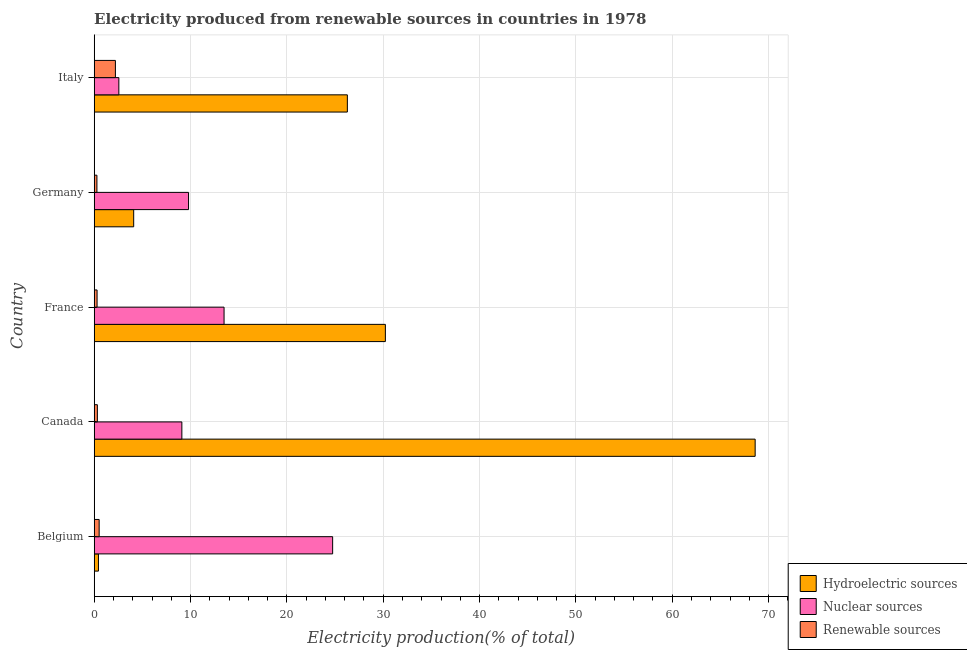
| Country | Hydroelectric sources | Nuclear sources | Renewable sources |
 | --- | --- | --- | --- |
 | Belgium | 0.441 | 24.7 | 0.514 |
 | Canada | 68.6 | 9.1 | 0.33 |
 | France | 30.2 | 13.5 | 0.298 |
 | Germany | 4.1 | 9.79 | 0.282 |
 | Italy | 26.3 | 2.56 | 2.2 |